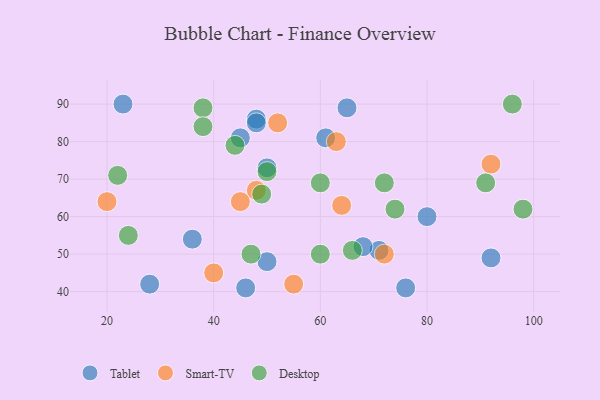
{"axis": {"x": "GDP", "y": "Life Expectancy"}, "legend": ["Desktop", "Smart-TV", "Tablet"], "data": [{"x": "92", "y": 49, "type": "Tablet"}, {"x": "71", "y": 51, "type": "Tablet"}, {"x": "28", "y": 42, "type": "Tablet"}, {"x": "23", "y": 90, "type": "Tablet"}, {"x": "76", "y": 41, "type": "Tablet"}, {"x": "65", "y": 89, "type": "Tablet"}, {"x": "50", "y": 48, "type": "Tablet"}, {"x": "80", "y": 60, "type": "Tablet"}, {"x": "46", "y": 41, "type": "Tablet"}, {"x": "68", "y": 52, "type": "Tablet"}, {"x": "50", "y": 73, "type": "Tablet"}, {"x": "45", "y": 81, "type": "Tablet"}, {"x": "61", "y": 81, "type": "Tablet"}, {"x": "48", "y": 86, "type": "Tablet"}, {"x": "48", "y": 85, "type": "Tablet"}, {"x": "36", "y": 54, "type": "Tablet"}, {"x": "92", "y": 74, "type": "Smart-TV"}, {"x": "48", "y": 67, "type": "Smart-TV"}, {"x": "63", "y": 80, "type": "Smart-TV"}, {"x": "20", "y": 64, "type": "Smart-TV"}, {"x": "40", "y": 45, "type": "Smart-TV"}, {"x": "45", "y": 64, "type": "Smart-TV"}, {"x": "52", "y": 85, "type": "Smart-TV"}, {"x": "72", "y": 50, "type": "Smart-TV"}, {"x": "64", "y": 63, "type": "Smart-TV"}, {"x": "55", "y": 42, "type": "Smart-TV"}, {"x": "38", "y": 89, "type": "Desktop"}, {"x": "60", "y": 69, "type": "Desktop"}, {"x": "50", "y": 72, "type": "Desktop"}, {"x": "60", "y": 50, "type": "Desktop"}, {"x": "38", "y": 84, "type": "Desktop"}, {"x": "72", "y": 69, "type": "Desktop"}, {"x": "22", "y": 71, "type": "Desktop"}, {"x": "24", "y": 55, "type": "Desktop"}, {"x": "49", "y": 66, "type": "Desktop"}, {"x": "98", "y": 62, "type": "Desktop"}, {"x": "44", "y": 79, "type": "Desktop"}, {"x": "47", "y": 50, "type": "Desktop"}, {"x": "96", "y": 90, "type": "Desktop"}, {"x": "74", "y": 62, "type": "Desktop"}, {"x": "91", "y": 69, "type": "Desktop"}, {"x": "66", "y": 51, "type": "Desktop"}]}